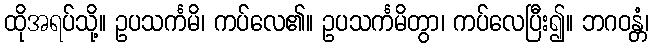
ထိုအရပ်သို့။ ဥပသင်္ကမိ၊ ကပ်လေ၏။ ဥပသင်္ကမိတွာ၊ ကပ်လေပြီး၍။ ဘဂဝန္တံ၊